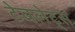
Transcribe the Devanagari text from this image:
टेबलेट्स